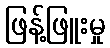
ဖြန့်ဖြူးမှု